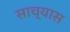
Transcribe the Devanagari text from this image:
साच्यास